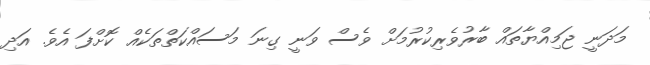
މަދަނީ ޖަމިއްޔާތައް ބާރުވެރިކުރުމަށް ވެސް ވަނީ ގިނަ މަސައްކަތްތަކެއް ކޮށްފަ އެވެ. އަދި